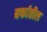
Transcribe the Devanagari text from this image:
बर्फातील